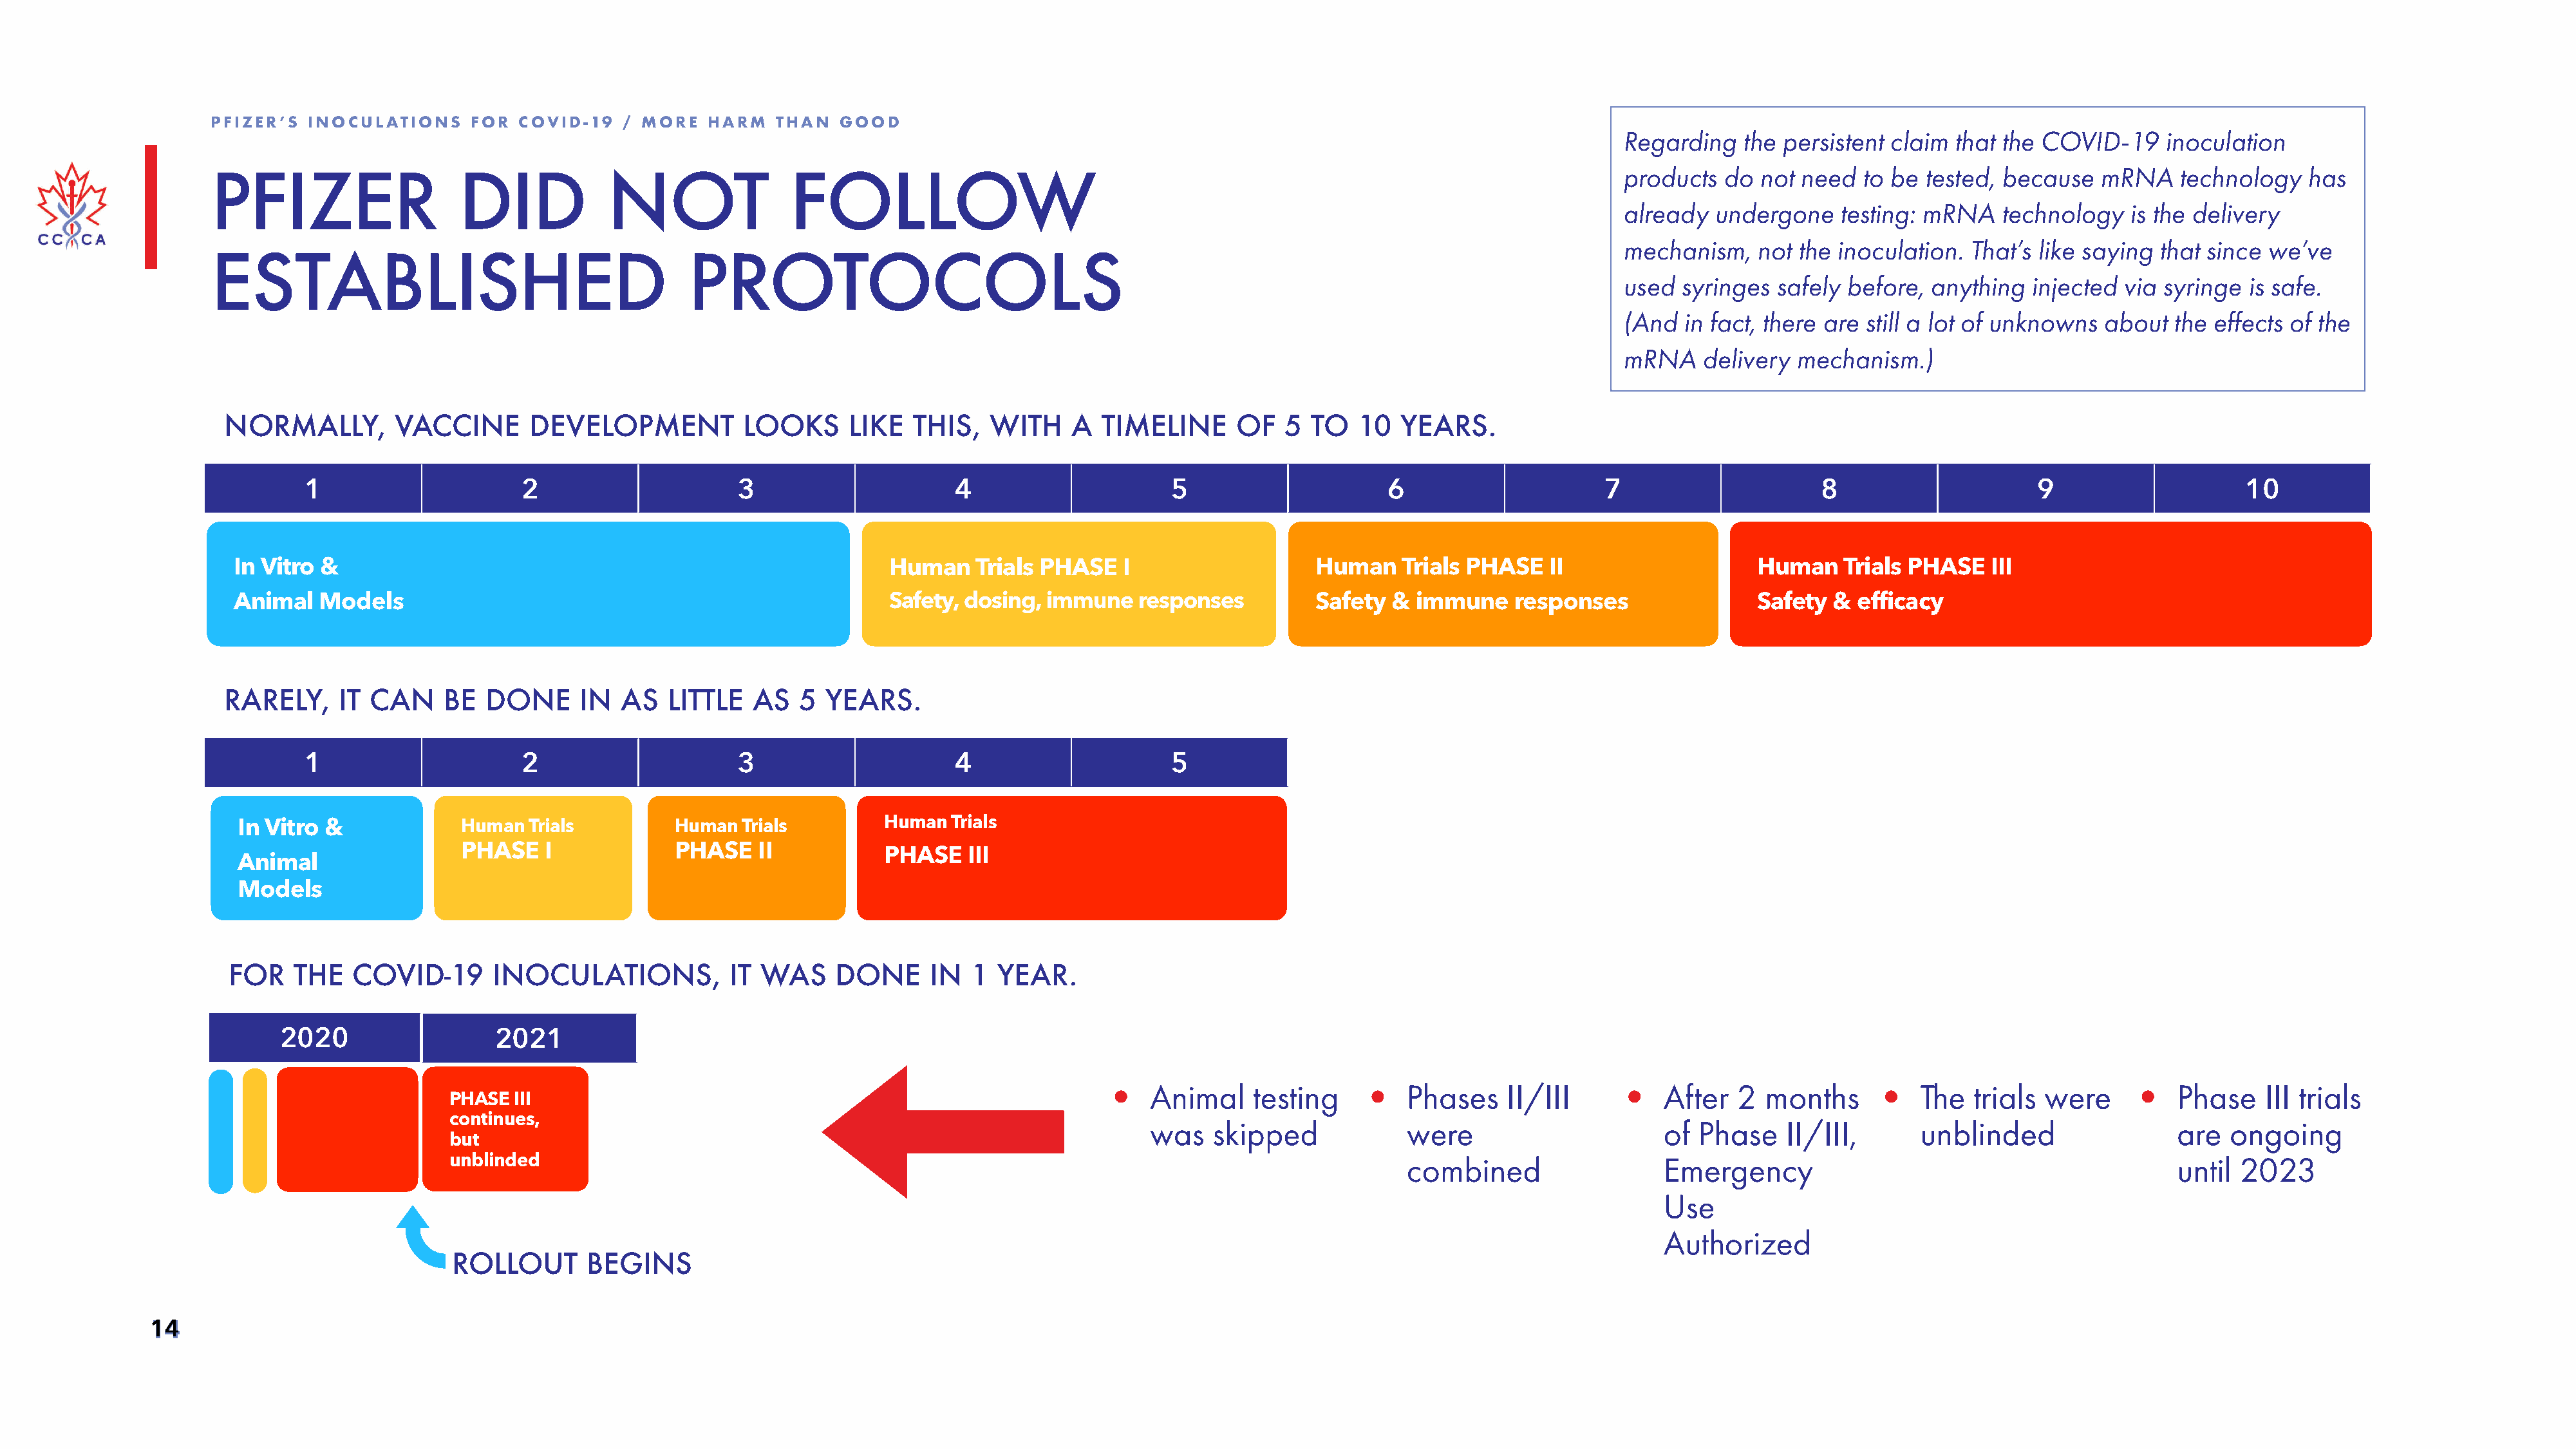
PFIZER’S  INOCULATIONS    FOR  COVID-19   / MORE   HARM   THAN  GOOD
 Regarding   the persistent claim  that the COVID-19     inoculation
 products  do  not need  to be  tested, because   mRNA    technology   has
 PFIZER                   DID            NOT                FOLLOW
 already  undergone    testing: mRNA    technology   is the delivery
 mechanism,    not the inoculation.  That’s like saying that since we’ve
 ESTABLISHED                                      PROTOCOLS
 used  syringes  safely before,  anything  injected via syringe  is safe.
 (And  in fact, there are still a lot of unknowns about  the effects of the
 mRNA    delivery  mechanism.)
 NORMALLY,         VACCINE      DEVELOPMENT           LOOKS      LIKE   THIS,   WITH    A  TIMELINE      OF   5  TO   10  YEARS.
 1                      2                     3                     4                     5                      6                     7                     8                     9                     10
 In Vitro &                                                         Human    Trials PHASE   I                   Human    Trials PHASE   II                    Human    Trials PHASE   III
 Animal   Models                                                    Safety, dosing,  immune   responses         Safety  &  immune    responses                Safety &  efficacy
 RARELY,     IT CAN     BE  DONE      IN  AS   LITTLE  AS   5  YEARS.
 1                      2                     3                     4                     5
 In Vitro &             Human  Trials         Human  Trials         Human  Trials
 PHASE    I            PHASE    II
 PHASE   III
 Animal
 Models
 FOR    THE   COVID-19       INOCULATIONS,           IT WAS     DONE      IN  1  YEAR.
 2020                  2021
 •   Animal     testing     •   Phases    II/III      •   After   2 months       •  The   trials were      •   Phase    III trials
 PHASE  III
 continues,
 was    skipped             were                      of  Phase    II/III,      unblinded                  are  ongoing
 but
 unblinded                                                                                          combined                  Emergency                                            until 2023
 Use
 Authorized
 ROLLOUT       BEGINS
 1144